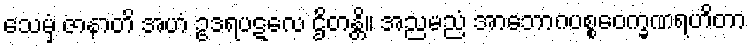
သေမှံ ဇာနာတိ အဟံ ဥဒရပဋလေ ဌိတန္တိ။ အညမညံ အာဘောဂပစ္စဝေက္ခဏရဟိတာ